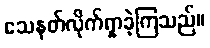
သေနတ်လိုက်ရှာခဲ့ကြသည်။